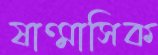
ষাণ্মাসিক